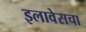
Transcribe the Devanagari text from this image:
इलावेसचा